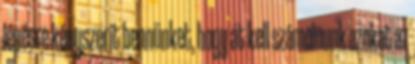
lépésre kényszerít bennünket, hogy át kell számolnunk azokat az